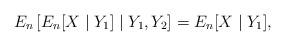
LaTeX: \begin{align*} E_n\left[ E_n[X \mid Y_1] \mid Y_1,Y_2 \right] = E_n[X \mid Y_1],\end{align*}